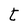
Character: t